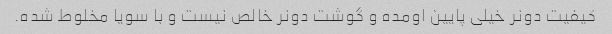
کیفیت دونر خیلی پایین اومده و گوشت دونر خالص نیست و با سویا مخلوط شده.